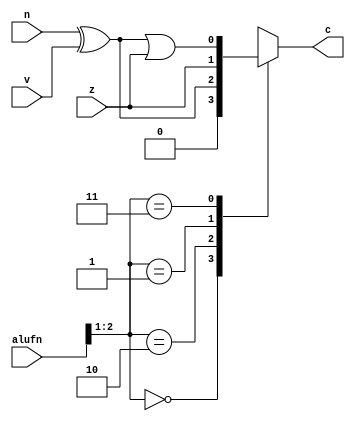
module compare_13 (
    input z,
    input v,
    input n,
    input [2:0] alufn,
    output reg c
  );
  
  
  
  always @* begin
    c = 1'h0;
    
    case (alufn[1+1-:2])
      2'h0: begin
        c = 1'h0;
      end
      2'h2: begin
        c = n ^ v;
      end
      2'h1: begin
        c = z;
      end
      2'h3: begin
        c = (n ^ v) | z;
      end
    endcase
  end
endmodule